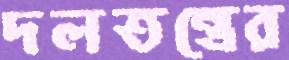
দলতন্ত্রের